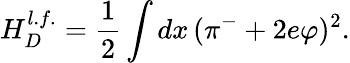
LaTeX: H_{D}^{l.f.}=\frac{1}{2}\int dx\, (\pi^{-}+2e\varphi)^{2}.